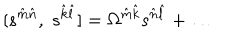
LaTeX: [ s ^ { \hat { m } \hat { n } } , \; s ^ { \hat { k } \hat { l } } ] = \Omega ^ { \hat { m } \hat { k } } s ^ { \hat { n } \hat { l } } + \dots